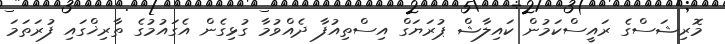
މޮރިޝަސްގެ ރައީސްކަމުން ކައިލާޝް ޕުރަޔަގް އިސްތިއުފާ ދެއްވުމާ ގުޅިގެން އެގައުމުގެ ތާރިޚްގައި ފުރަތަމަ